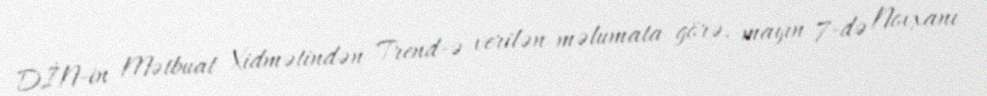
DİN-in Mətbuat Xidmətindən Trend-ə verilən məlumata görə, mayın 7-də Novxanı